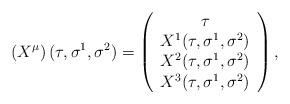
LaTeX: \begin{align*}\left( X^{\mu}\right) (\tau,\sigma^1,\sigma^2) = \left( \begin{array}{c}\tau \\ X^1(\tau,\sigma^1,\sigma^2) \\ X^2(\tau,\sigma^1,\sigma^2) \\X^3(\tau,\sigma^1,\sigma^2)\end{array} \right),\end{align*}